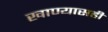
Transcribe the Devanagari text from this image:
खाण्यासही